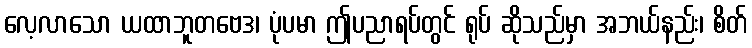
လေ့လာသော ယထာဘူတဗေဒ၊ ပုံပမာ ဤပညာရပ်တွင် ရုပ် ဆိုသည်မှာ အဘယ်နည်း၊ စိတ်